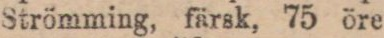
Strömming, färsk, 75 öre